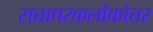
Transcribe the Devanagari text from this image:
सत्तापरकलोकोत्तर